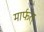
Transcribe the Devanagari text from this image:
मार्फत्‌